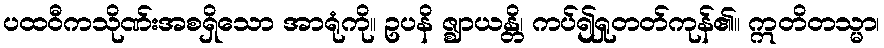
ပထဝီကသိုဏ်းအစရှိသော အာရုံကို။ ဥပနိ ဇ္ဈာယန္တိ၊ ကပ်၍ရှုတတ်ကုန်၏။ ဣတိတသ္မာ၊